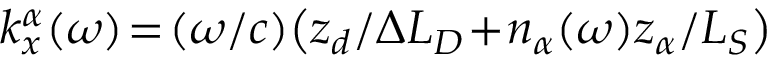
k _ { x } ^ { \alpha } ( \omega ) \! = \! ( \omega / c ) \big ( z _ { d } / { \Delta L _ { D } } \! + \! n _ { \alpha } ( \omega ) z _ { \alpha } / L _ { S } \big )